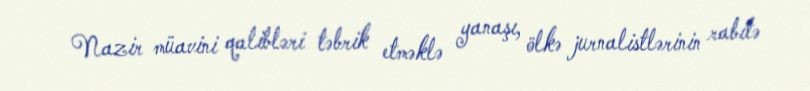
Nazir müavini qalibləri təbrik etməklə yanaşı, ölkə jurnalistlərinin rabitə